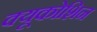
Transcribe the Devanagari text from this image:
क्यूकोशिन